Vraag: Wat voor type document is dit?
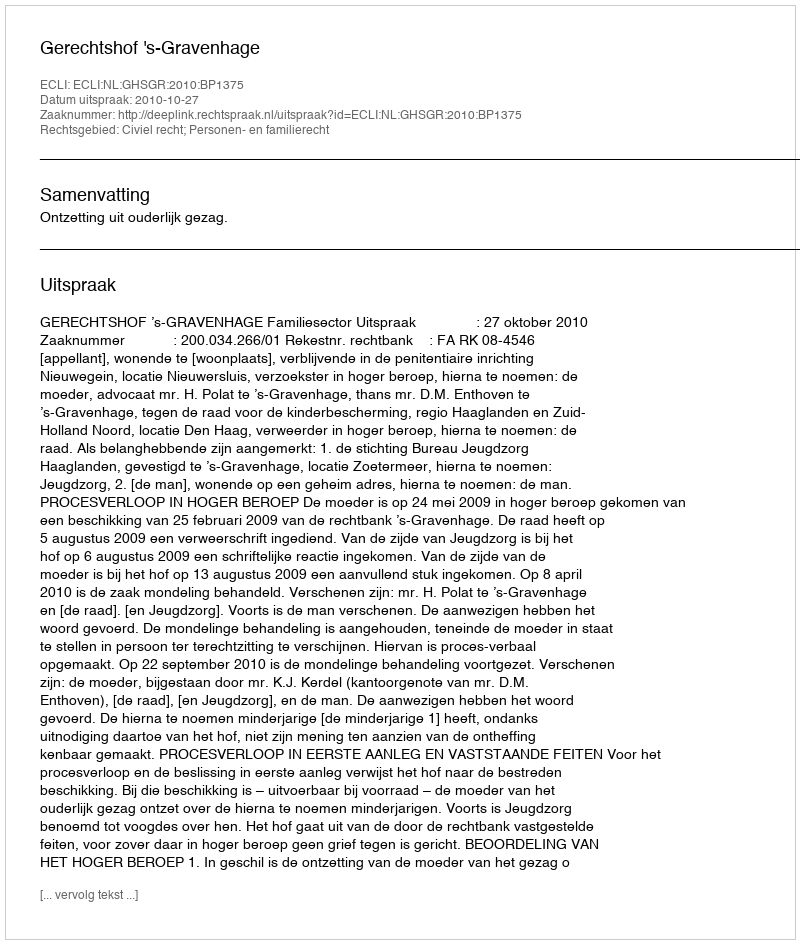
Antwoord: Uitspraak